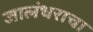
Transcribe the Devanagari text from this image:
जालंधराचा